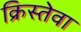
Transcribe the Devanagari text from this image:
क्रिस्तेवा